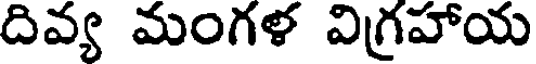
దివ్య మంగళ విగ్రహాయ